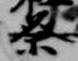
祭